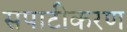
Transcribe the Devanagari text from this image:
सपाटीकरण